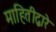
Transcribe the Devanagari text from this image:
माहितीद्वारे